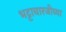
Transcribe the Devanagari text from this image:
भट्टाचारजीच्या